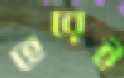
হেরেই